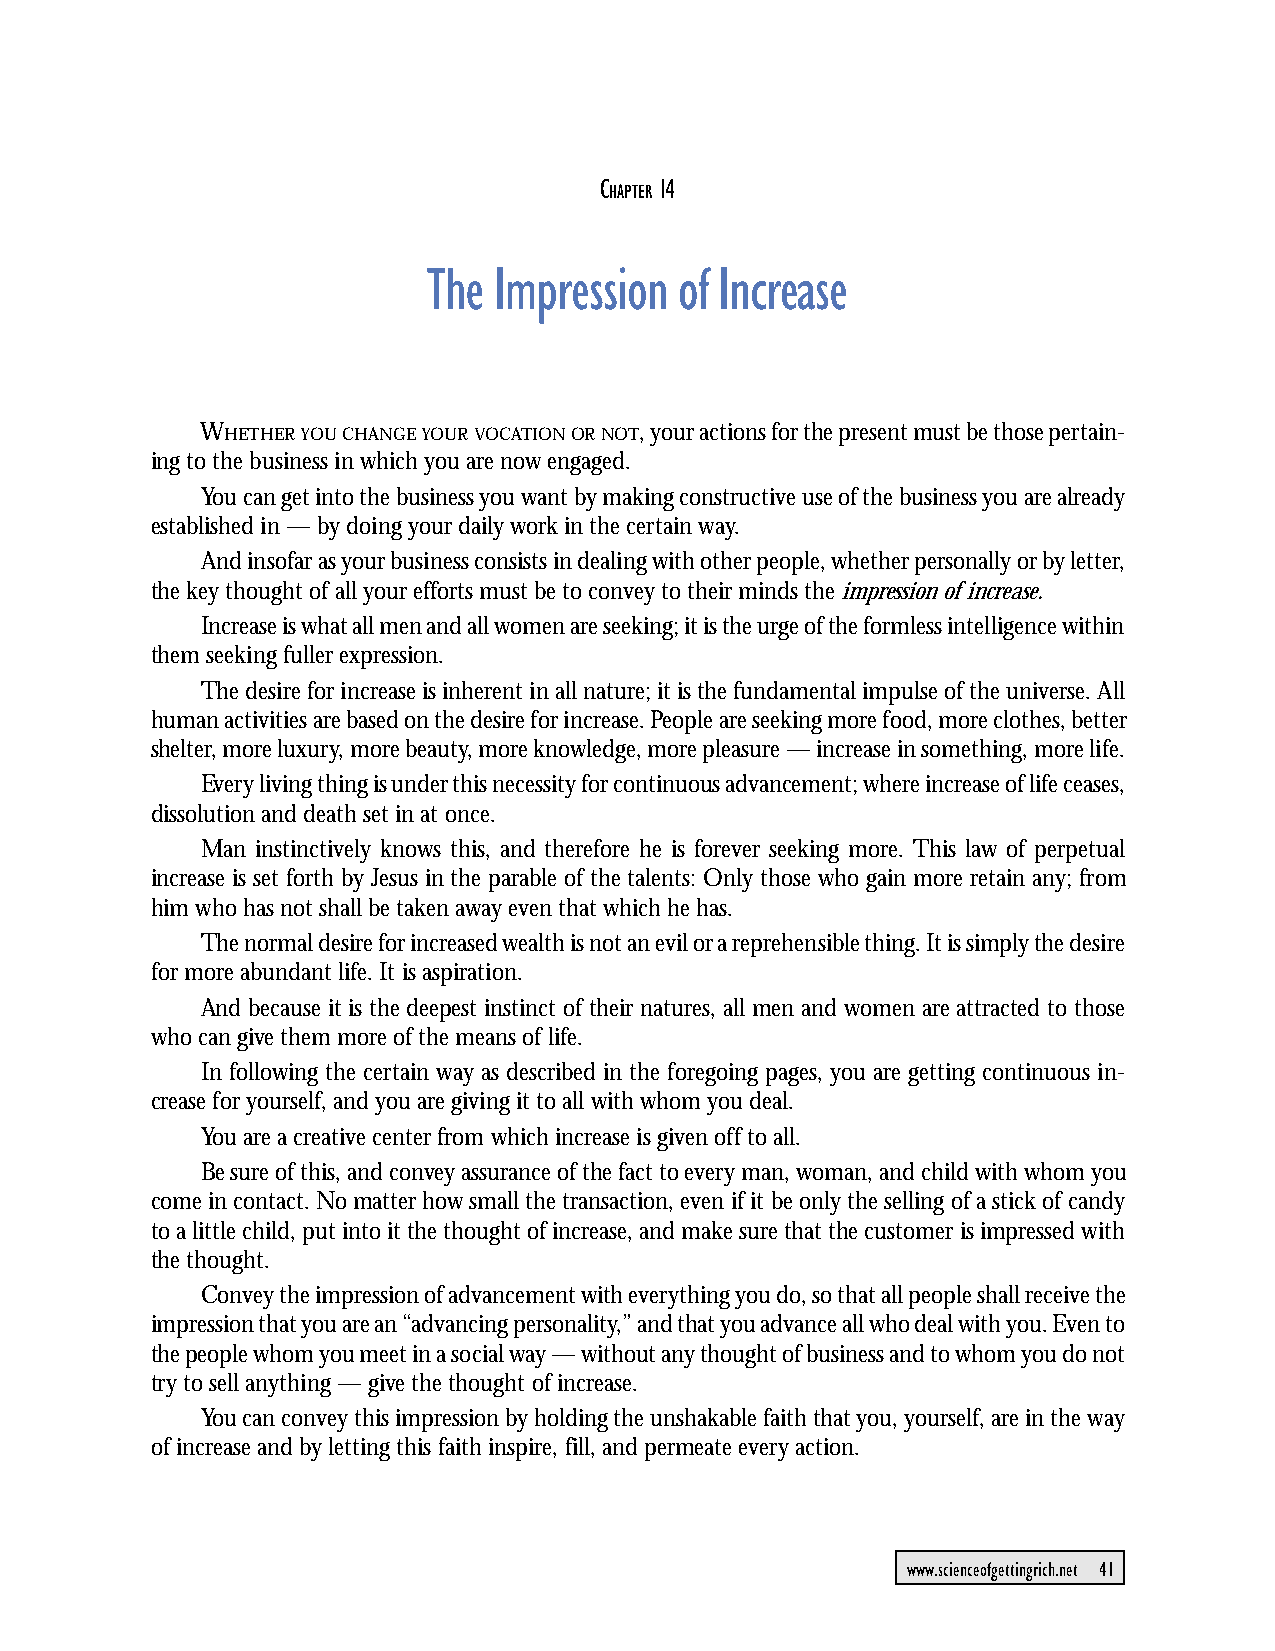
CHAPTER 14: The Impression of Increase
 C   14
 HAPTER
 The  Impression  of Increase
 WHETHER YOU CHANGE YOUR VOCATION OR NOT, your actions for the present must be those pertain-
 ing to the business in which you are now engaged.
 You can get into the business you want by making constructive use of the business you are already
 established in — by doing your daily work in the certain way.
 And insofar as your business consists in dealing with other people, whether personally or by letter,
 the key thought of all your efforts must be to convey to their minds the impression of increase.
 Increase is what all men and all women are seeking; it is the urge of the formless intelligence within
 them seeking fuller expression.
 The desire for increase is inherent in all nature; it is the fundamental impulse of the universe. All
 human activities are based on the desire for increase. People are seeking more food, more clothes, better
 shelter, more luxury, more beauty, more knowledge, more pleasure — increase in something, more life.
 Every living thing is under this necessity for continuous advancement; where increase of life ceases,
 dissolution and death set in at once.
 Man instinctively knows this, and therefore he is forever seeking more. This law of perpetual
 increase is set forth by Jesus in the parable of the talents: Only those who gain more retain any; from
 him who has not shall be taken away even that which he has.
 The normal desire for increased wealth is not an evil or a reprehensible thing. It is simply the desire
 for more abundant life. It is aspiration.
 And because it is the deepest instinct of their natures, all men and women are attracted to those
 who can give them more of the means of life.
 In following the certain way as described in the foregoing pages, you are getting continuous in-
 crease for yourself, and you are giving it to all with whom you deal.
 You are a creative center from which increase is given off to all.
 Be sure of this, and convey assurance of the fact to every man, woman, and child with whom you
 come in contact. No matter how small the transaction, even if it be only the selling of a stick of candy
 to a little child, put into it the thought of increase, and make sure that the customer is impressed with
 the thought.
 Convey the impression of advancement with everything you do, so that all people shall receive the
 impression that you are an “advancing personality,” and that you advance all who deal with you. Even to
 the people whom you meet in a social way — without any thought of business and to whom you do not
 try to sell anything — give the thought of increase.
 You can convey this impression by holding the unshakable faith that you, yourself, are in the way
 of increase and by letting this faith inspire, fill, and permeate every action.
 www.scienceofgettingrich.net 41